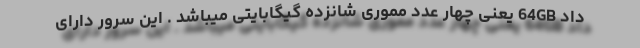
داد 64GB یعنی چهار عدد مموری شانزده گیگابایتی میباشد . این سرور دارای